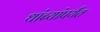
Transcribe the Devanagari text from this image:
थांब्यांपर्यंत